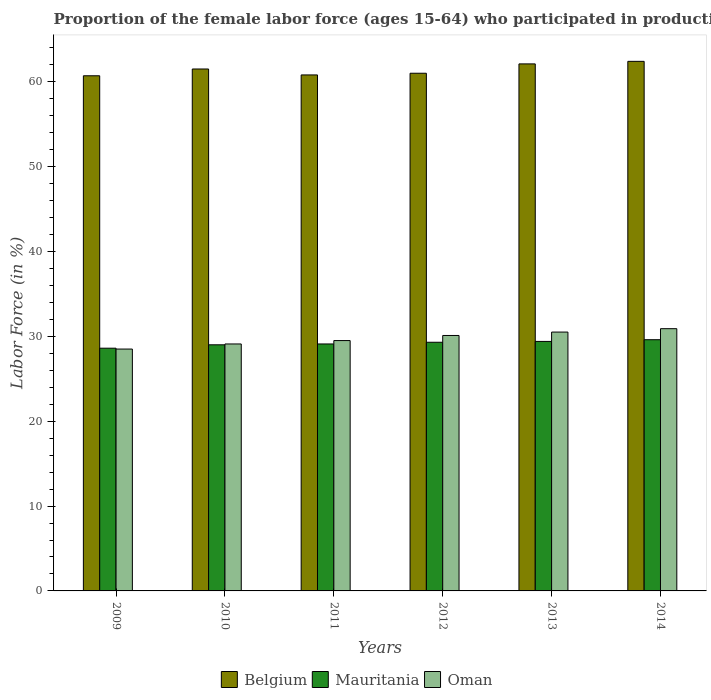
| Years | Belgium | Mauritania | Oman |
 | --- | --- | --- | --- |
 | 2009 | 60.7 | 28.6 | 28.5 |
 | 2010 | 61.5 | 29 | 29.1 |
 | 2011 | 60.8 | 29.1 | 29.5 |
 | 2012 | 61 | 29.3 | 30.1 |
 | 2013 | 62.1 | 29.4 | 30.5 |
 | 2014 | 62.4 | 29.6 | 30.9 |